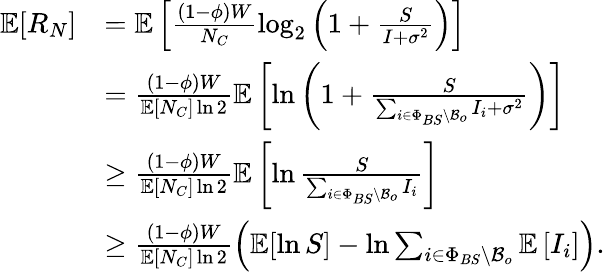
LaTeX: \begin{array}{rl}{\mathbb{E}[R_{N}]}&{=\mathbb{E}\left[\frac{(1-\phi)W}{N_{C}}\log_{2}\left(1+\frac{S}{I+\sigma^{2}}\right)\right]}\\ &{=\frac{(1-\phi)W}{\mathbb{E}[N_{C}]\ln 2}\mathbb{E}\left[\ln\left(1+\frac{S}{\sum_{i\in\Phi_{BS}\backslash\mathcal{B}_{o}}I_{i}+\sigma^{2}}\right)\right]}\\ &{\geq\frac{(1-\phi)W}{\mathbb{E}[N_{C}]\ln 2}\mathbb{E}\left[\ln\frac{S}{\sum_{i\in\Phi_{BS}\backslash\mathcal{B}_{o}}I_{i}}\right]}\\ &{\geq\frac{(1-\phi)W}{\mathbb{E}[N_{C}]\ln 2}\left(\mathbb{E}[\ln S]-\ln\sum_{i\in\Phi_{BS}\backslash\mathcal{B}_{o}}\mathbb{E}\left[I_{i}\right]\right).}\end{array}